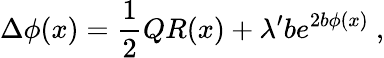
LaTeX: \Delta\phi(x)={\frac{1}{2}}QR(x)+\lambda^{\prime}be^{2b\phi(x)}\ ,